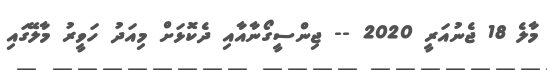
މާލެ 18 ޖެނުއަރީ 2020 -- ޖިންސީގޯނާއާއި ދެކޮޅަށް މިއަދު ހަވީރު މާލޭގައި